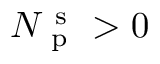
N _ { \mathrm { ~ p ~ } } ^ { \mathrm { ~ s ~ } } > 0